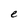
Character: e